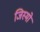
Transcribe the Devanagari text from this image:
जिस्मो